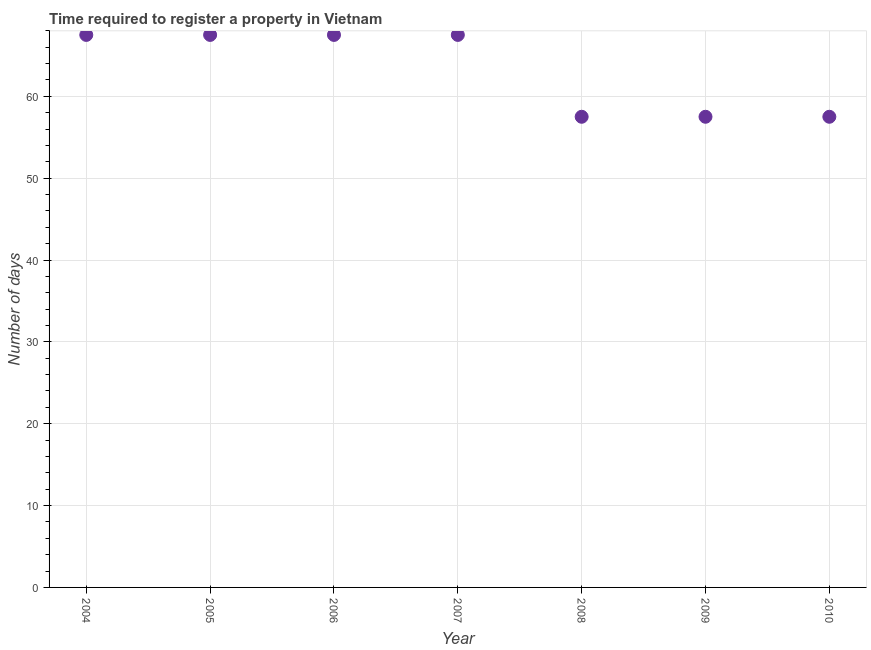
| Year | Register property |
 | --- | --- |
 | 2004 | 67.5 |
 | 2005 | 67.5 |
 | 2006 | 67.5 |
 | 2007 | 67.5 |
 | 2008 | 57.5 |
 | 2009 | 57.5 |
 | 2010 | 57.5 |